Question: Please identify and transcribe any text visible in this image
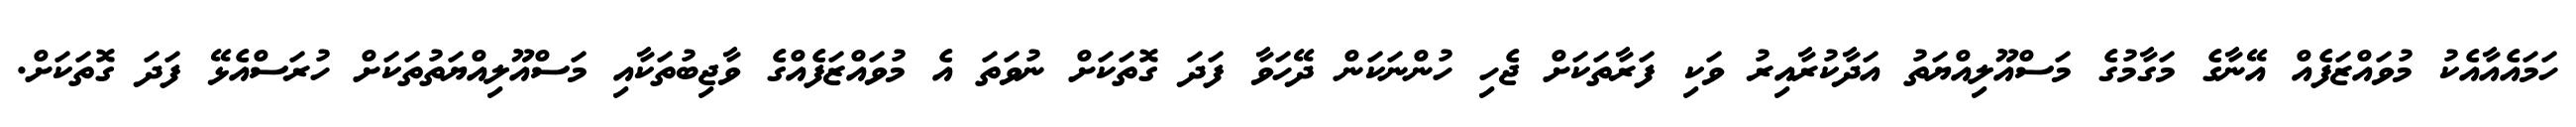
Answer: ހަމައެއާއެކު މުވައްޒަފެއް އޭނާގެ މަގާމުގެ މަސްއޫލިއްޔަތު އަދާކުރާއިރު ވަކި ފަރާތަކަށް ޖެހި ހުންނަކަން ދޭހަވާ ފަދަ ގޮތަކަށް ނުވަތަ އެ މުވައްޒަފެއްގެ ވާޖިބުތަކާއި މަސްއޫލިއްޔަތުތަކަށް ހުރަސްއެޅޭ ފަދަ ގޮތަކަށް.